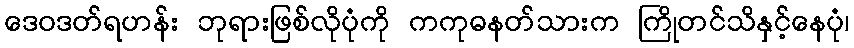
ဒေဝဒတ်ရဟန်း ဘုရားဖြစ်လိုပုံကို ကကုဓနတ်သားက ကြိုတင်သိနှင့်နေပုံ၊